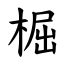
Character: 㭾